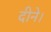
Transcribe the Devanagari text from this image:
दीने।